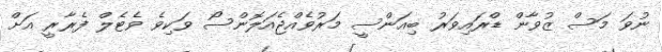
ނުވަ މަސް ޒުވާން ޑްރައިވަރު ބިއަންސީ މަރުވެއްޖެއަލޮންސޯ ވަކިވެ ވެޓެލް ފެރާރީ އަށް